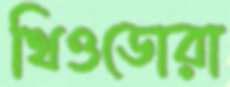
থিওডোরা